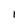
Character: 1